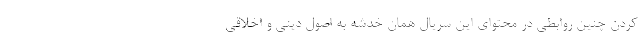
کردن چنین روابطی در محتوای این سریال همان خدشه به اصول دینی و اخلاقی